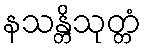
နသန္တိသုတ္တံ